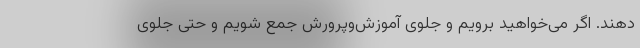
دهند. اگر می‌خواهید برویم و جلوی آموزش‌وپرورش جمع شویم و حتی جلوی